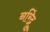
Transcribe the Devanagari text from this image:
नरिंद्रु